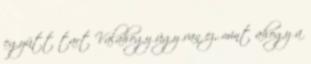
együtt tart Valahogy úgy van ez, mint ahogy a